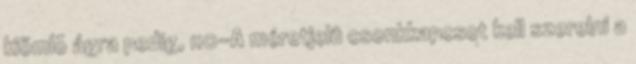
kiömlõ ágra pedig, 110-A méretjelû csonkkapcsot kell szerelni a